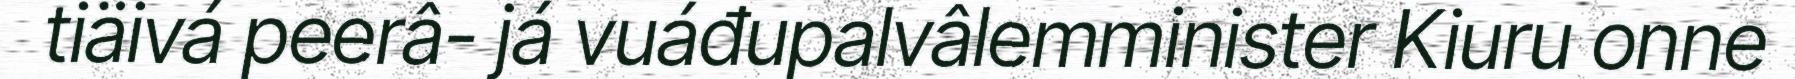
tiäivá peerâ- já vuáđupalvâlemminister Kiuru onne